Lunatic asylums in Bengal annual reports 1912-1924 - 1912-1924
Year: 1912
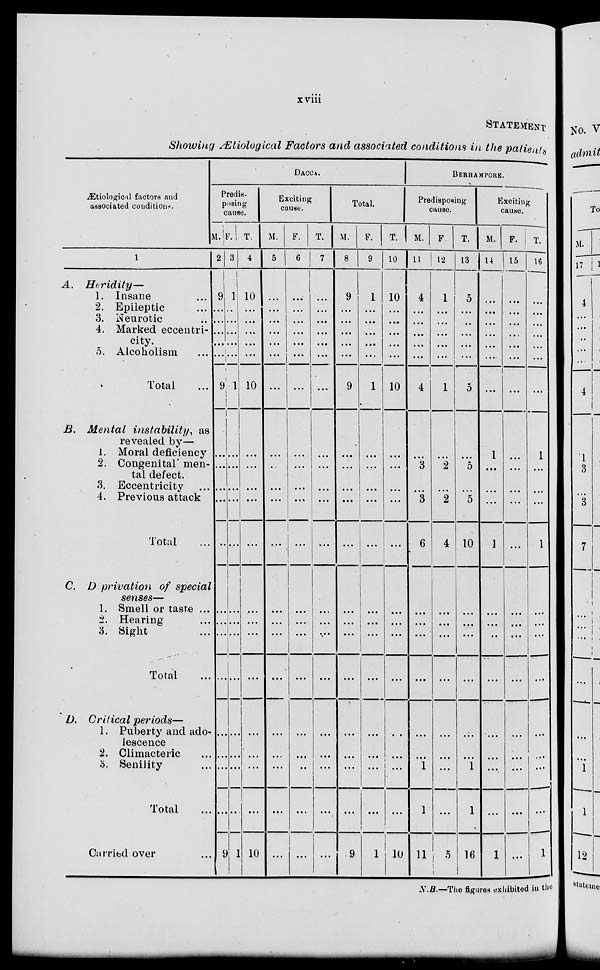
xviii
STATEMENT
Showing Ætiological Factors and associated conditions in the patients
Ætiological factors and
associated conditions.
1
A.
Heridity—
1. Insane ...
2. Epileptic ...
3. Neurotic ...
4. Marked eccentri-
city.
5. Alcoholism ...
Total ...
B. Mental instability, as
revealed by—
1. Moral deficiency
2. Congenital men-
tal defect.
3. Eccentricity ...
4. Previous attack
Total ...
C. D privation of special
senses—
1. Smell or taste ...
2. Hearing ...
3. Sight ...
Total ...
D. Critical periods—
1. Puberty and ado-
lescence
2. Climacteric ...
3. Senility ...
Total ...
Carried over ...
DACCA.
Predis-
posing
cause.
m.
2
9
...
...
...
...
...
9
...
...
...
...
...
...
...
...
...
...
...
...
...
9
F.
3
1
...
...
...
...
...
1
...
...
...
...
...
...
...
...
...
...
...
...
...
1
T.
4
10
...
...
...
...
...
10
...
...
...
...
...
...
...
...
...
...
...
...
...
10
Exciting
cause.
M.
5
...
...
...
...
...
...
...
...
...
...
...
...
...
...
...
...
...
...
...
...
...
F.
6
...
...
...
...
...
...
...
...
...
...
...
...
...
...
...
...
...
...
..
...
...
T.
7
...
...
...
...
...
...
...
...
...
...
...
...
...
...
...
...
...
...
...
...
...
Total.
M.
8
9
...
...
...
...
...
9
...
...
...
...
...
...
...
...
...
...
...
...
...
9
F.
9
1
...
...
...
...
...
1
...
...
...
...
...
...
...
...
...
...
...
...
...
1
T.
10
10
...
...
...
...
...
10
...
...
...
...
...
...
...
...
...
...
...
...
...
10
BERHAMPORE.
Predisposing
cause.
M.
11
4
...
...
...
...
...
4
...
3
...
3
6
...
...
...
...
...
...
1
1
11
F.
12
1
...
...
...
...
...
1
...
2
...
2
4
...
...
...
...
...
...
...
...
5
T.
13
5
...
...
...
...
...
5
...
5
...
5
10
...
...
...
...
...
...
1
1
16
Exciting
cause.
M.
1 4
...
...
...
...
...
...
...
1
...
...
...
1
...
...
...
...
...
...
...
...
1
F.
15
...
...
...
...
...
...
...
...
...
...
...
...
...
...
...
...
...
...
...
...
...
T.
16
...
...
...
...
...
...
1
...
...
...
1
...
...
...
...
...
...
...
...
1
N.B.—The figures exhibited in the